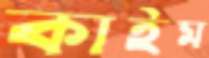
কাইম